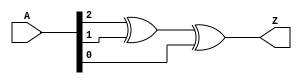
module xor_3in_v (
  input [2:0] A,
  output Z
  );

  xor(Z, A[2], A[1], A[0]);

endmodule //and_3in_v